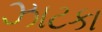
ઝાટકા